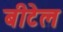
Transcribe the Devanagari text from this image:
बीटेल